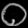
Digit: ၀